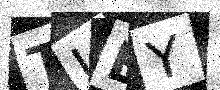
Text: TLEY